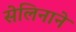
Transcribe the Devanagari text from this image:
सेलिनाने